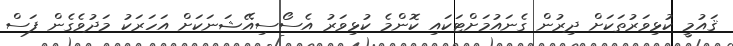
ޤައުމީ ކުޅިވަރުތަކަށް ދިރުން ގެނައުމަށްޓަކައި ކޮންމެ ކުޅިވަރު އެސޯސިއޭޝަނަކަށް އަހަރަކު މަދުވެގެން ފަސް